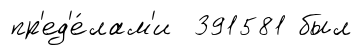
пр'ед'е́лам'и 391581 был